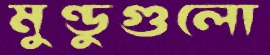
মুণ্ডুগুলো